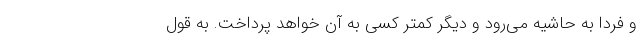
و فردا به حاشیه می‌رود و دیگر کمتر کسی به آن خواهد پرداخت. به قول